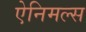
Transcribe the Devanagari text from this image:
ऐनिमल्स